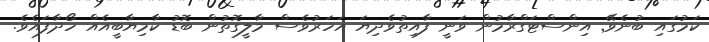
ކަމުގައި ބުނެވޭ